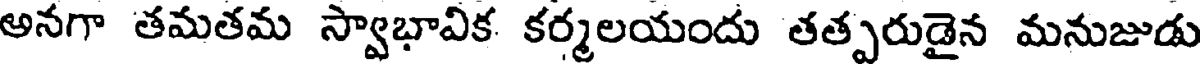
అనగా తమతమ స్వాభావిక కర్మలయందు తత్పరుడైన మనుజుడు